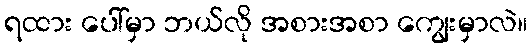
ရထား ပေါ်မှာ ဘယ်လို အစားအစာ ကျွေးမှာလဲ။